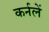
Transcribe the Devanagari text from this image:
कर्नलें